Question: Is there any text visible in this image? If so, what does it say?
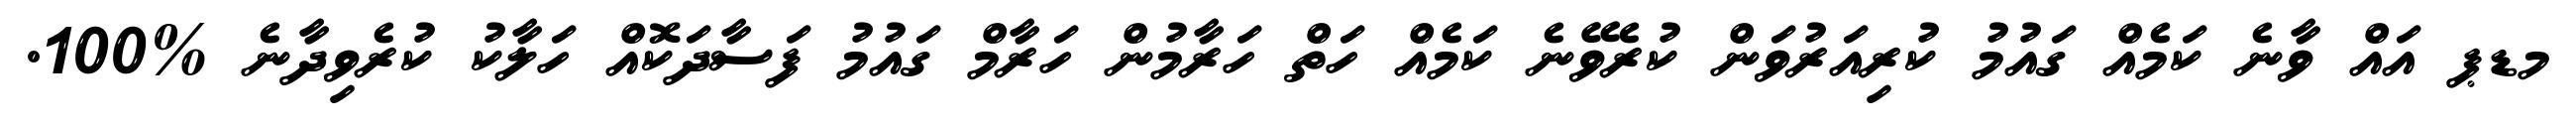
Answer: މޑޕ އައް ވާނެ ކަމެއް ގައުމު ކުރިއަރުވަން ކުރެވޭނެ ކަމެއް ހަތް ހަރާމުން ހަރާމް ގައުމު ފަސާދަކޮއް ހަލާކު ކުރެވިދާނެ %100.